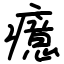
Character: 癔